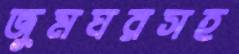
জুমঘরসহ